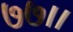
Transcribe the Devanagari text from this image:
७७।।